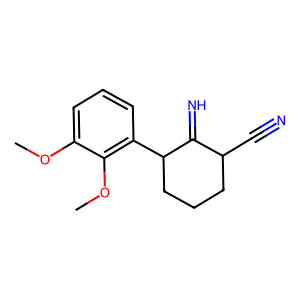
SMILES: COc1cccc(C2CCCC(C#N)C2=N)c1OC
Inhibits HIV replication: No